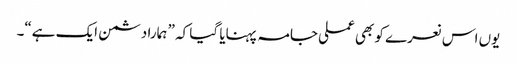
یوں اس نعرے کو بھی عملی جامہ پہنایا گیا کہ ” ہمارا دشمن ایک ہے“۔